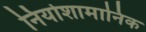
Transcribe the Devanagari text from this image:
नियोशामानिक